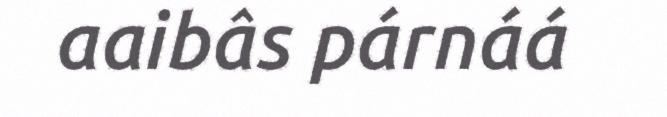
aaibâs párnáá